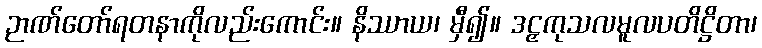
ဉာဏ်တော်ရတနာကိုလည်းကောင်း။ နိဿာယ၊ မှီ၍။ ဒဠှကုသလမူလပတိဋ္ဌိတာ၊